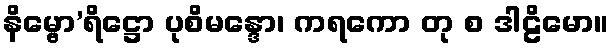
နိမ္ဗော’ရိဋ္ဌော ပုစိမန္ဒော၊ ကရကော တု စ ဒါဠိမော။